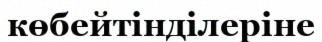
көбейтінділеріне